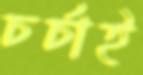
চর্চাই